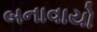
બનાવાયો